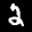
Digit: 2